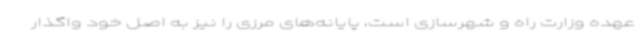
عهده وزارت راه و شهرسازی است، پایانه‌های مرزی را نیز به اصل خود واگذار